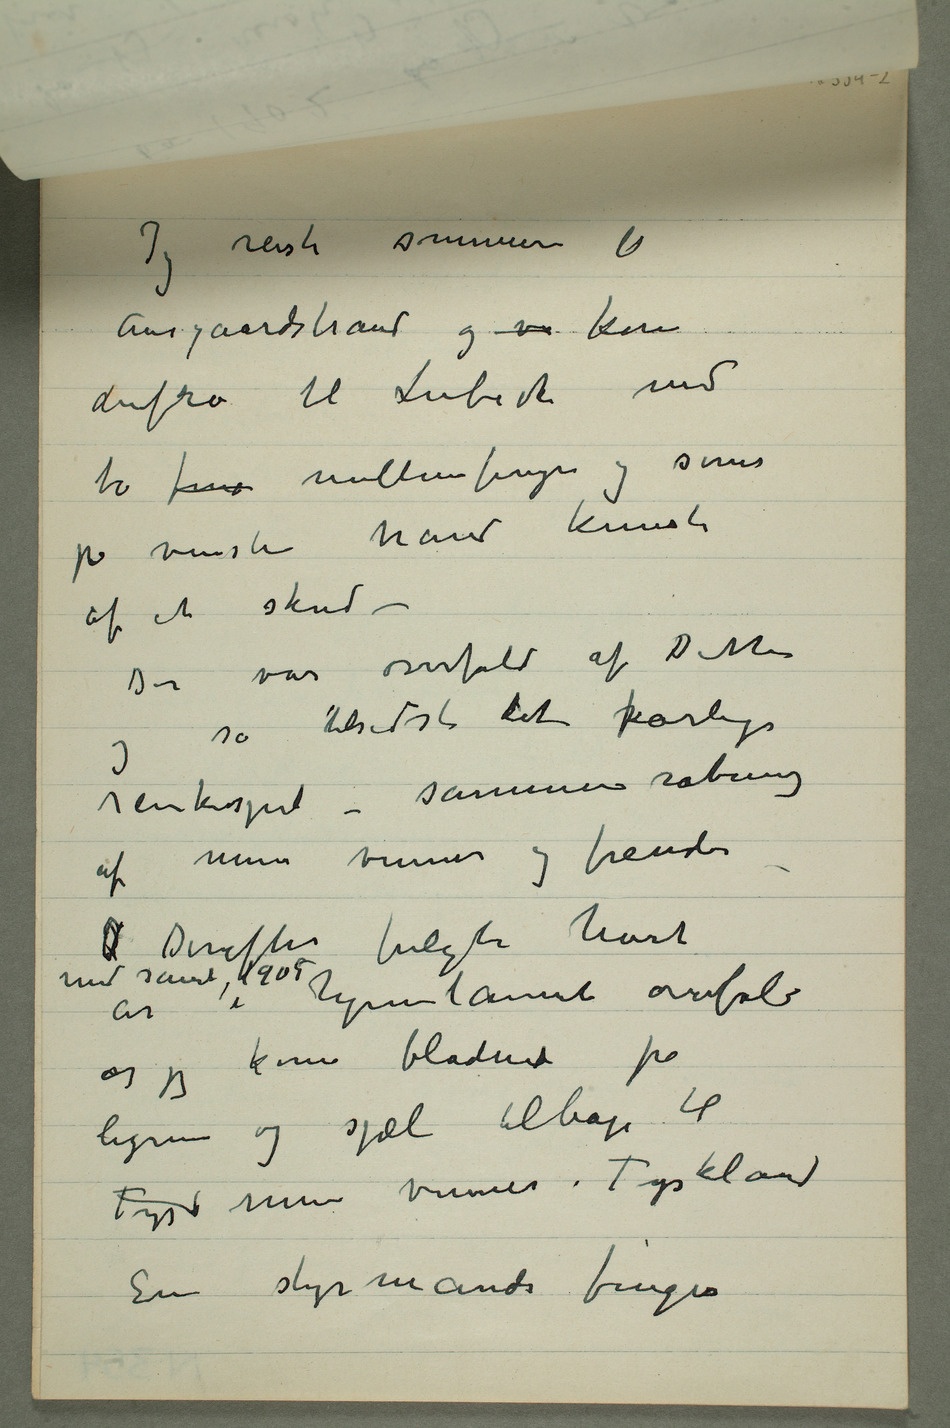
Jeg reiste sommeren til
Aasgaardstrand og va kom
derfra til Lübeck med
to fin mellemfinger og sener
på venstre hånd knuste
af et skud –
Der var overfald af Ditten og
så tilsidst det farlige
af mine venner og fiender –
i hjemlannet overfald og jeg
kom blødene fra
legeme og sjæl tilbage til
Tysk mine venner i Tyskland
En styrmands finger